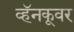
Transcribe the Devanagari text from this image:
व्हॅनकूवर